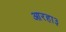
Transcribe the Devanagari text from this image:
आरहा३